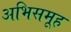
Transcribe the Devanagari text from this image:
अभिसमूह